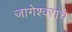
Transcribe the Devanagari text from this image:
जागेश्वराचे